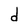
Character: d